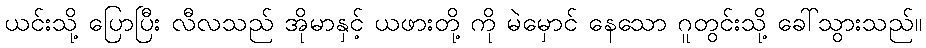
ယင်းသို့ ပြောပြီး လီလသည် အိုမာနှင့် ယဖားတို့ ကို မဲမှောင် နေသော ဂူတွင်းသို့ ခေါ်သွားသည်။